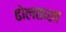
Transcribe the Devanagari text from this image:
ढोलताशा